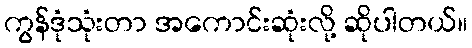
ကွန်ဒုံသုံးတာ အကောင်းဆုံးလို့ ဆိုပါတယ်။